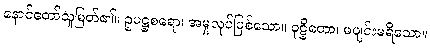
နောင်တော်သူမြတ်၏။ ဥပဋ္ဌစရော၊ အမှုလုပ်ဖြစ်သော။ ဝုဋ္ဌိတော၊ မပျင်းမရိသော။